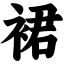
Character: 裙